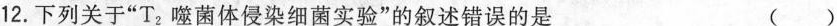
12.下列关于”T_{2}噬菌体侵染细菌实验”的叙述错误的是 ()